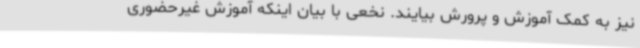
نیز به کمک آموزش و پرورش بیایند. نخعی با بیان اینکه آموزش غیرحضوری